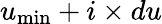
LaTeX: u_{\operatorname*{min}}+i\times du